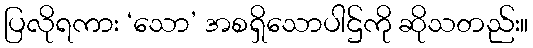
ပြလိုရကား ‘သော’ အစရှိသောပါဌ်ကို ဆိုသတည်း။